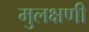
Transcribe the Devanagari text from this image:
मुलक्षणी